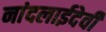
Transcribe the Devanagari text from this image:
नांदलाईदेवी